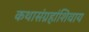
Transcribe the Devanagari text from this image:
कथासंग्रहांशिवाय